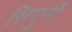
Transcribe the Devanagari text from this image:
सिगुर्नी